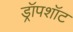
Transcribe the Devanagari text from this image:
ड्रॉपशॉट